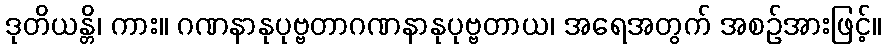
ဒုတိယန္တိ၊ ကား။ ဂဏနာနုပုဗ္ဗတာဂဏနာနုပုဗ္ဗတာယ၊ အရေအတွက် အစဉ်အားဖြင့်။